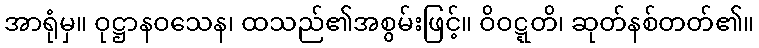
အာရုံမှ။ ဝုဋ္ဌာနဝသေန၊ ထသည်၏အစွမ်းဖြင့်။ ဝိဝဋ္ဋတိ၊ ဆုတ်နစ်တတ်၏။